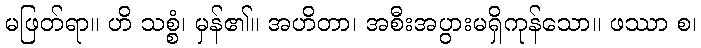
မဖြတ်ရာ။ ဟိ သစ္စံ၊ မှန်၏။ အဟိတာ၊ အစီးအပွားမရှိကုန်သော။ ဖဿာ စ၊